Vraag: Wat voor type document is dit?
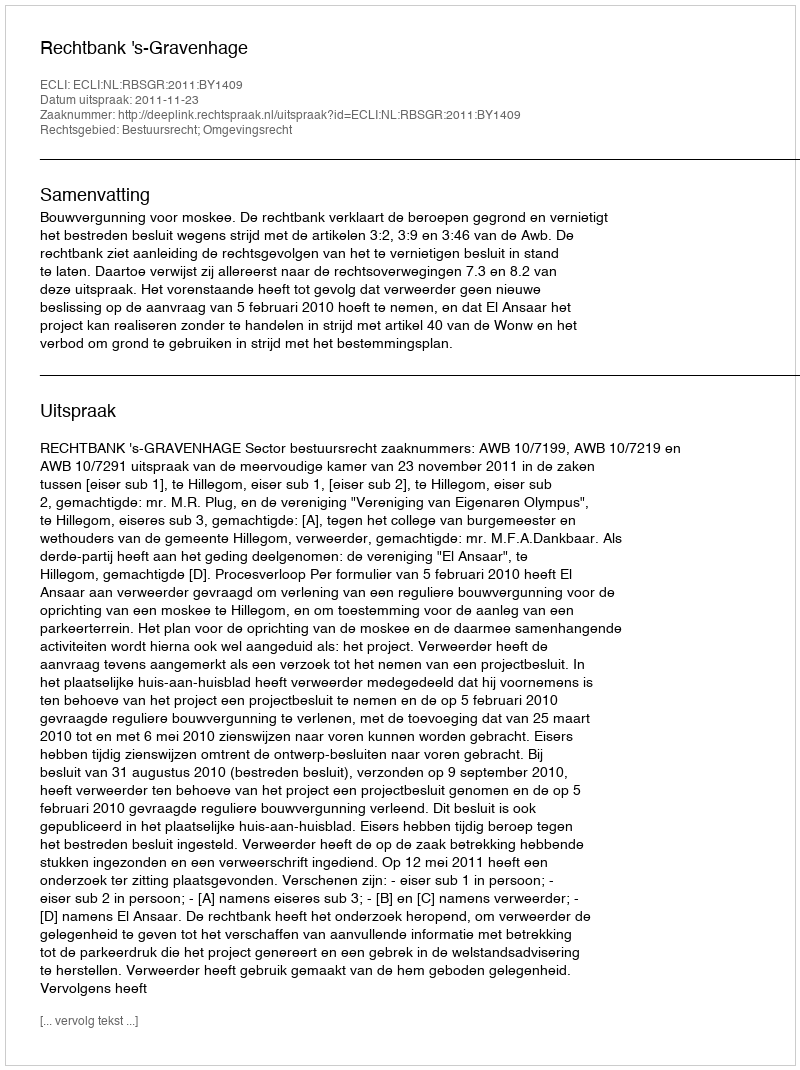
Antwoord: Uitspraak